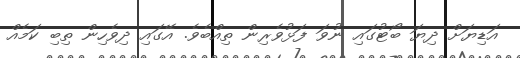
އަޑިޔަށް ދިޔަ ބޯޓުގައި ނުވަ ފަޅުވެރިން ތިއްބެވެ. އޭގައި ދިވެހިން ތިބި ކަމެއް